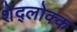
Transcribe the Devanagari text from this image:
शेद्लोक्क